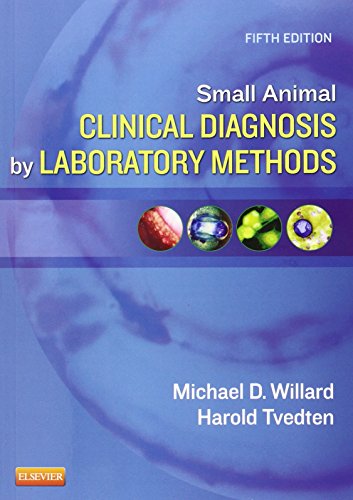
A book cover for Small Animal Clinical Diagnosis by Laboratory Methods, 5e; Michael D. Willard DVM  MS; Medical Books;